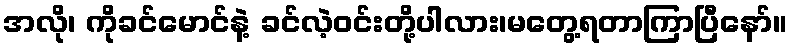
အလို၊ ကိုခင်မောင်နဲ့ ခင်လဲ့ဝင်းတို့ပါလား၊မတွေ့ရတာကြာပြီနော်။